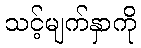
သင့်မျက်နှာကို